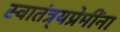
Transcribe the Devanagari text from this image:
स्वातंत्र्यप्रेमींना